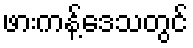
ဖားကန့်ဒေသတွင်